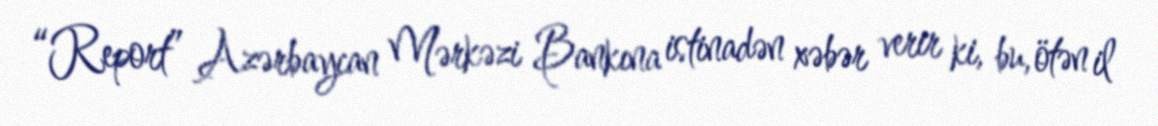
“Report” Azərbaycan Mərkəzi Bankına istinadən xəbər verir ki, bu, ötən il